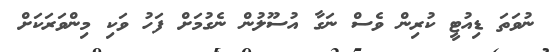
ނުވަތަ ޑިއުޓީ ކުރިން ވެސް ނަގާ އުސޫލުން ނެގުމަށް ފަހު ވަކި މިންވަރަކަށް